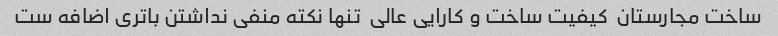
ساخت مجارستان  کیفیت ساخت و کارایی عالی  تنها نکته منفی نداشتن باتری اضافه ست